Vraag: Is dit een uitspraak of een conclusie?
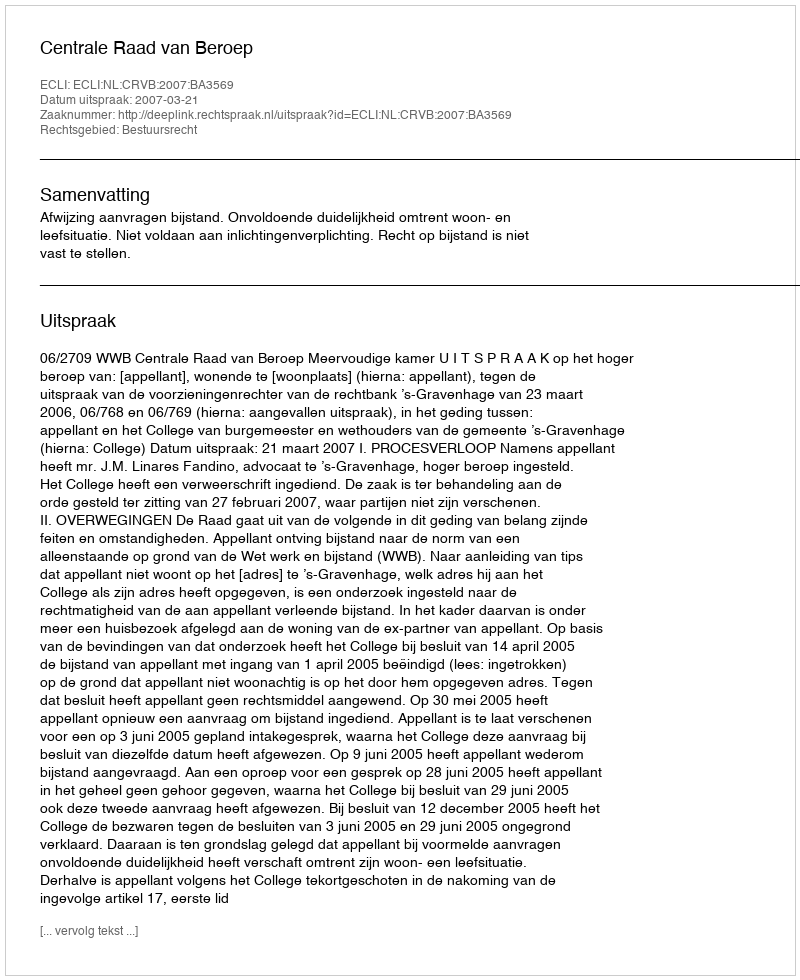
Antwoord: Uitspraak